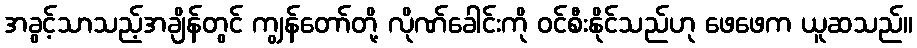
အခွင့်သာသည့်အချိန်တွင် ကျွန်တော်တို့ လိုဏ်ခေါင်းကို ဝင်စီးနိုင်သည်ဟု ဖေဖေက ယူဆသည်။